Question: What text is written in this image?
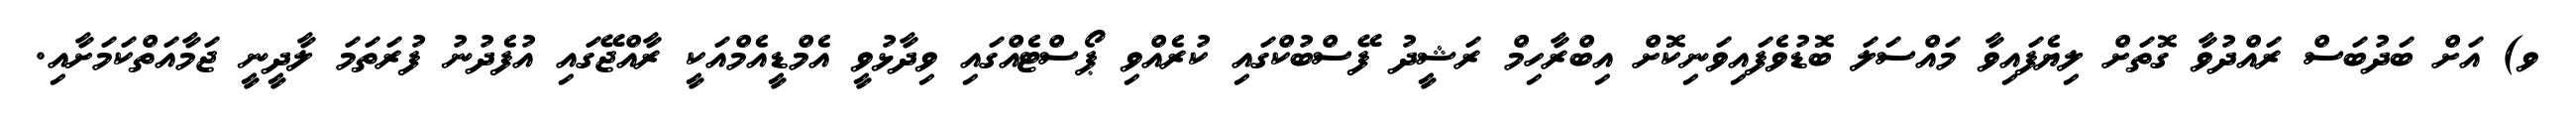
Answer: ވ) އަށް ބަދުބަސް ރައްދުވާ ގޮތަށް ލިޔެފައިވާ މައްސަލަ ބޮޑުވެފައިވަނިކޮށް އިބްރާހިމް ރަޝީދު ފޭސްބުކްގައި ކުރެއްވި ޕޯސްޓެއްގައި ވިދާޅުވީ އެމްޑީއެމްއަކީ ރާއްޖޭގައި އުފެދުނު ފުރަތަމަ ލާދީނީ ޖަމާއަތްކަމަށާއި.